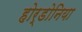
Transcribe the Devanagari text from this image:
होर्डोनिया